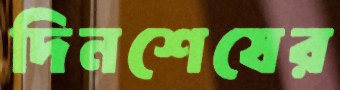
দিনশেষের